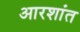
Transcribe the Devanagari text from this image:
आरशांत